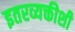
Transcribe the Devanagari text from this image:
इतरव्यक्तीशी